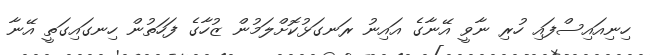
ހިނިއައިސްފައި ހުރި ނާވީ އޭނާގެ އައިނު ރަނގަޅުކޮށްލަމުން ޒުހާގެ ފަހަތުން ހިނގައިގަތީ އޭނާ